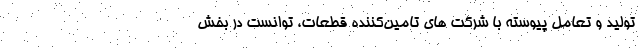
تولید و تعامل پیوسته با شرکت‌ های تامین‌کننده قطعات، توانست در بخش